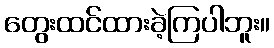
တွေးထင်ထားခဲ့ကြပါဘူး။